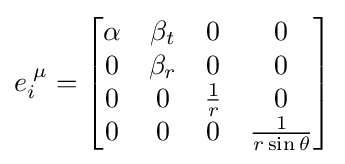
e_{i}^{\;\mu }={\begin{bmatrix}\alpha &\beta _{t}&0&0\\0&\beta _{r}&0&0\\0&0&{\frac {1}{r}}&0\\0&0&0&{\frac {1}{r\sin \theta }}\\\end{bmatrix}}